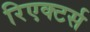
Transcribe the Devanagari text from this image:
रिएक्टर्स